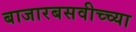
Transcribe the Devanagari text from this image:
बाजारबसवीच्च्या